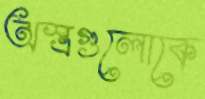
অস্ত্রগুলোকে